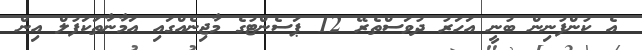
އެ ކުންފުނިން ބުނީ އަހަރު ދުވަސްތެރޭ 12 ޕަސެންޓުގެ މާޖިނެއްގައި އަމާނާތަކަފުލް އިން